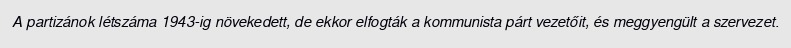
A partizánok létszáma 1943-ig növekedett, de ekkor elfogták a kommunista párt vezetőit, és meggyengült a szervezet.